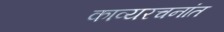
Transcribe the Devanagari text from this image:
काव्यरचनांत